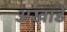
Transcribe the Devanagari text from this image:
अख़ाडे